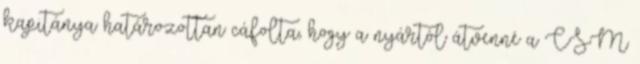
kapitánya határozottan cáfolta, hogy a nyártól átvenné a CSM